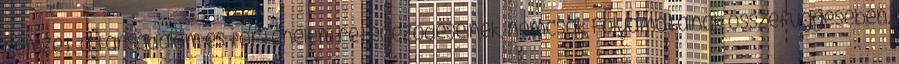
nemzet, a társadalom és történelem rétegeződéseinek, nemcsak folyamatainak összefüggésében.